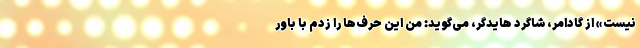
نیست» از گادامر، شاگرد هایدگر، می‌گوید: من این حرف‌ها را زدم با باور